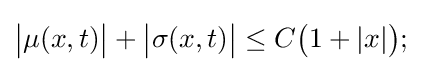
{\big |}\mu (x,t){\big |}+{\big |}\sigma (x,t){\big |}\leq C{\big (}1+|x|{\big )};